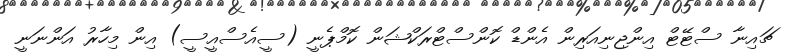
ޗައިނާ ސްޓޭޓް އިންޖިނިއަރިން އެންޑް ކޮންސްޓްރަކްޝަން ކޮމްޕެނީ (ސީއެސްއީސީ) އިން މިހާރު އަންނަނީ